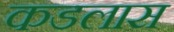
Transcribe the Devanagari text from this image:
कडलास